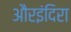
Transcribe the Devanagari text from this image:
औरइंदिरा